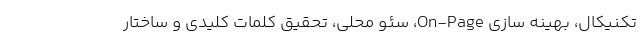
تکنیکال، بهینه سازی On-Page، سئو محلی، تحقیق کلمات کلیدی و ساختار